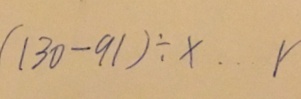
( 1 3 0 - 9 1 ) \div x \cdots r